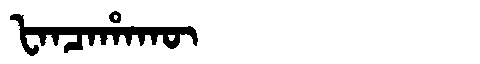
Manchu: ᡶᠠᠨᠴᠠᡥᠠᡴᡡ
Romanization: FANCAHAKŪ